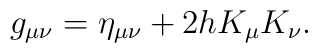
g_{\mu \nu} = \eta_{\mu \nu} + 2h K_{\mu}K_{\nu}.